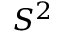
S ^ { 2 }